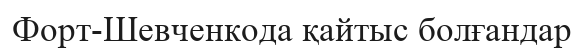
Форт-Шевченкода қайтыс болғандар